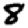
Digit: 8